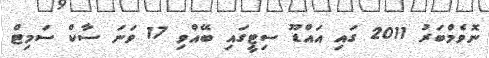
ނޮވެމްބަރު 2011 ގައި އައްޑޫ ސިޓީގައި ބޭއްވި 17 ވަނަ ސާކް ސަމިޓް